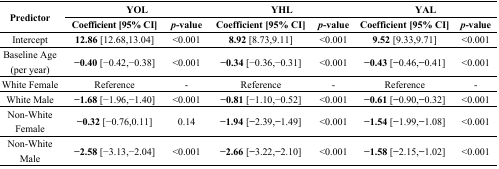
| <ROWSPAN=2> Predictor | <COLSPAN=2> YOL | <COLSPAN=2> YHL | <COLSPAN=2> YAL |
 | Coefficient [95% CI] | p-value | Coefficient [95% CI] | p-value | Coefficient [95% CI] | p-value |
 | --- | --- | --- | --- | --- | --- | --- |
 | Intercept | 12.86 [12.68,13.04] | <0.001 | 8.92 [8.73,9.11] | <0.001 | 9.52 [9.33,9.71] | <0.001 |
 | Baseline Age (per year) | −0.40 [−0.42,−0.38] | <0.001 | −0.34 [−0.36,−0.31] | <0.001 | −0.43 [−0.46,−0.41] | <0.001 |
 | White Female | Reference | - | Reference | - | Reference | - |
 | White Male | −1.68 [−1.96,−1.40] | <0.001 | −0.81 [−1.10,−0.52] | <0.001 | −0.61 [−0.90,−0.32] | <0.001 |
 | Non-White Female | −0.32 [−0.76,0.11] | 0.14 | −1.94 [−2.39,−1.49] | <0.001 | −1.54 [−1.99,−1.08] | <0.001 |
 | Non-White Male | −2.58 [−3.13,−2.04] | <0.001 | −2.66 [−3.22,−2.10] | <0.001 | −1.58 [−2.15,−1.02] | <0.001 |